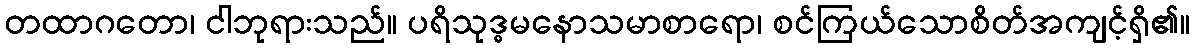
တထာဂတော၊ ငါဘုရားသည်။ ပရိသုဒ္ဓမနောသမာစာရော၊ စင်ကြယ်သောစိတ်အကျင့်ရှိ၏။